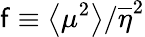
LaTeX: \mathsf{f}\equiv\left<\mu^{2}\right>/\overline{{{\eta}}}^{2}